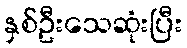
နှစ်ဦးသေဆုံးပြီး